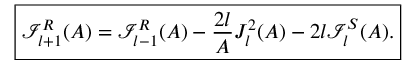
\boxed { \mathcal { I } _ { l + 1 } ^ { R } ( A ) = \mathcal { I } _ { l - 1 } ^ { R } ( A ) - \frac { 2 l } { A } J _ { l } ^ { 2 } ( A ) - 2 l \mathcal { I } _ { l } ^ { S } ( A ) . }